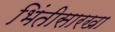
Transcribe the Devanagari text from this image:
भिंतीसारखा